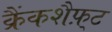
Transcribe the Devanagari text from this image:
क्रैंकशैफ़्ट